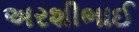
અરશીભાઈ